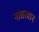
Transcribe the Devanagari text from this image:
नासरवान